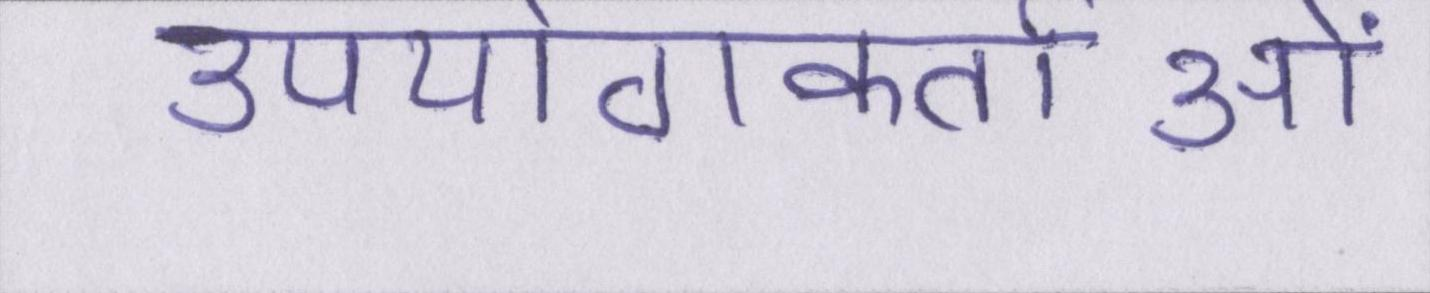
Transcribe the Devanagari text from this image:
उपयोगकर्ताओं